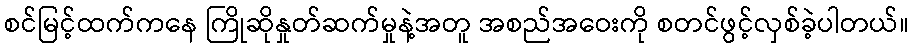
စင်မြင့်ထက်ကနေ ကြိုဆိုနှုတ်ဆက်မှုနဲ့အတူ အစည်အဝေးကို စတင်ဖွင့်လှစ်ခဲ့ပါတယ်။